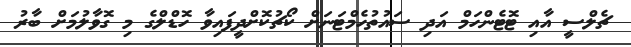
ޗެލްސީ އާއި ޓޮޓެންހަމް އަދި ސައުތުހެމްޓަނަށް ކޯޗުކޮށްދީފައިވާ ހޮޑްލްގެ މި ގޮވާލުމަށް ބާރު